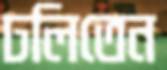
ঢলিতেন